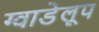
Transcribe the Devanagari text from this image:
ग्वाडेलूप